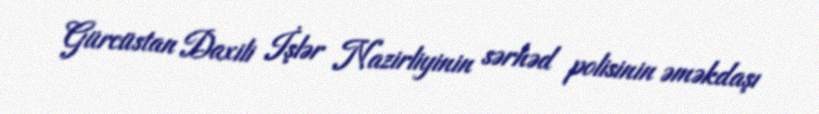
Gürcüstan Daxili İşlər Nazirliyinin sərhəd polisinin əməkdaşı